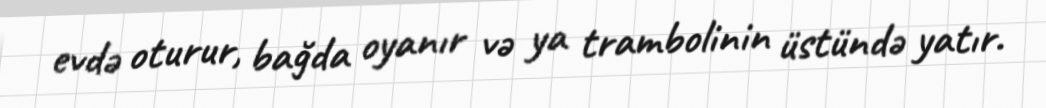
evdə oturur, bağda oyanır və ya trambolinin üstündə yatır.